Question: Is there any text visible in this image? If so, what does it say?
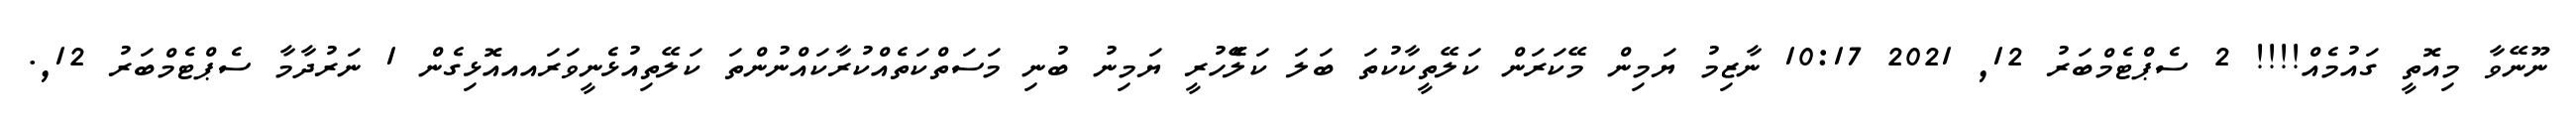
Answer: ނޫނޭވާ މިއޮތީ ގައުމެއް!!!! 2 ސެޕްޓެމްބަރު 12, 2021 10:17 ނާޒިމު ޔަމިން މޭކަރަން ކަލޭތީކާކުތަ ބަލަ ކަލެޭހުރީ ޔަމިނު ބުނި މަސަތްކަތެއްކުރާކައްނުންތަ ކަލޭތިއުޅެނީވަރައއއޮޅިގެން 1 ނަރުދާމާ ސެޕްޓެމްބަރު 12,.